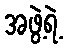
အဖွဲ့ရဲ့